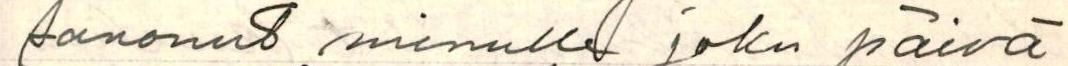
sanonut minulle joku päivä